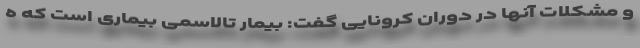
و مشکلات آنها در دوران کرونایی گفت: بیمار تالاسمی بیماری است که ه